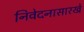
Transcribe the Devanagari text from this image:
निवेदनासारखे